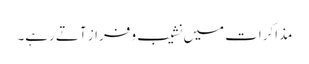
مذاکرات میں نشیب و فراز آتے رہے۔